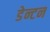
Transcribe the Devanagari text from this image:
डेन्टन